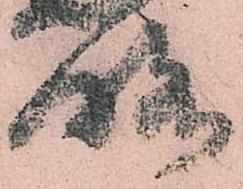
略